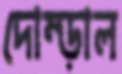
দোম্‌ড়াল